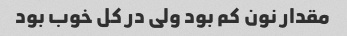
مقدار نون کم بود ولی در کل خوب بود